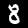
Label: 8